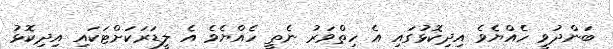
ބަންދުވީ ހެއްޔެވެ އިދިކޮޅުގައި އެ ހިތްވަރު ނެތީ ހެއްޔެވެ އެ ލީޑަރަކަށްޓަކައި އިދިކޮޅު